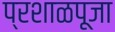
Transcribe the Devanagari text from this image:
प्रशाळपूजा